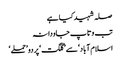
صلہ شہید کیا ہے
تب وتاپ جاودانہ
اسلام آباد‘ سے ’گلگت‘ پر دو ’حملے ‘